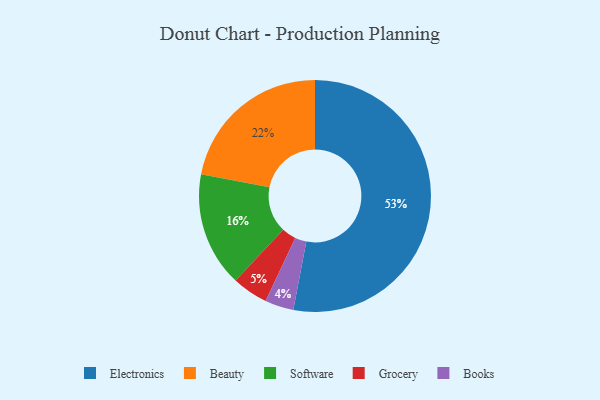
{"axis": {"x": "Category", "y": "Percentage"}, "legend": ["Beauty", "Books", "Electronics", "Grocery", "Software"], "data": [{"x": "Books", "y": 4, "type": "Books"}, {"x": "Beauty", "y": 22, "type": "Beauty"}, {"x": "Grocery", "y": 5, "type": "Grocery"}, {"x": "Electronics", "y": 53, "type": "Electronics"}, {"x": "Software", "y": 16, "type": "Software"}]}